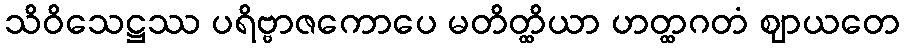
သိဝိသေဋ္ဌဿ ပရိဗ္ဗာဇကောပေ မတိတ္ထိယာ ဟတ္ထဂတံ ဈာယတေ